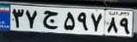
۳۷ج۵۹۷۸۹